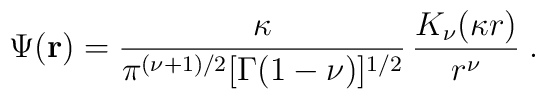
\Psi ({\bf r})=\frac{\kappa}{ \pi^{(\nu+1)/2} [\Gamma (1-\nu) ]^{1/2} } \,\frac{K_{\nu} (\kappa r)}{r^{\nu}  }\;  .